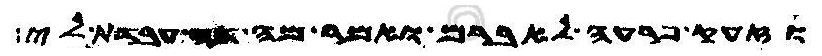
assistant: וזעק פרעה לאברם ואמר מה דה עבדת לי